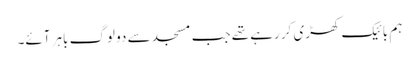
ہم بائیک کھڑی کر رہے تھے جب مسجد سے دو لوگ باہر آئے۔